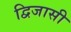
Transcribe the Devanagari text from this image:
द्विजासी